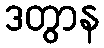
ဒတွာန